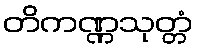
တိကဏ္ဏသုတ္တံ